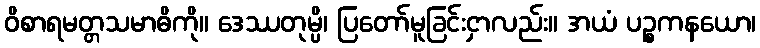
ဝိစာရမတ္တသမာဓိကို။ ဒေဿတုမ္ပိ၊ ပြတော်မူခြင်းငှာလည်း။ အယံ ပဉ္စကနယော၊